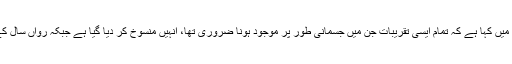
43 سالہ سی ای او نے عملے کو بھیجی جانے والی ایک ای میل میں کہا ہے کہ تمام ایسی تقریبات جن میں جسمانی طور پر موجود ہونا ضروری تھا، انہیں منسوخ کر دیا گیا ہے جبکہ رواں سال کے لیے طے شدہ کاروباری دورے بھی ملتوی کر دیے گئے ہیں۔